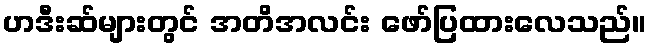
ဟဒီးဆ်များတွင် အတိအလင်း ဖော်ပြထားလေသည်။